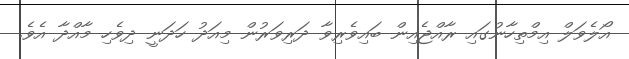
އޯލެވަލް އިމްތިހާނުގައި ރާއްޖެއިން ބައިވެރިވާ ދަރިވަރުން މިއަދު ހަދަނީ ދިވެހި މާއްދާ އެވެ.